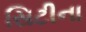
સિટીના